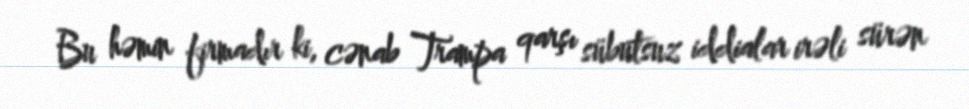
Bu həmin firmadır ki, cənab Trampa qarşı sübutsuz iddialar irəli sürən